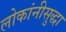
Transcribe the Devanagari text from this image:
लोकांनीसुद्धा